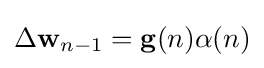
\Delta \mathbf {w} _{n-1}=\mathbf {g} (n)\alpha (n)